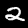
Label: 2